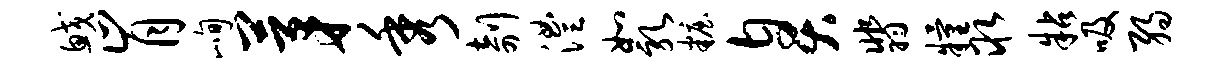
鲛肯峋茅秀剞澧如乳妆臭翡粮取粘吸弱